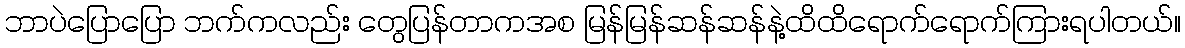
ဘာပဲပြောပြော ဘက်ကလည်း တွေပြန်တာကအစ မြန်မြန်ဆန်ဆန်နဲ့ထိထိရောက်ရောက်ကြားရပါတယ်။